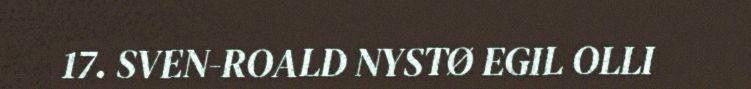
17. SVEN-ROALD NYSTØ EGIL OLLI